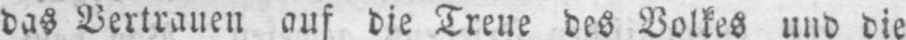
das Vertrauen auf die Treue des Volkes und die